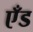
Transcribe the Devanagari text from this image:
एँड